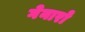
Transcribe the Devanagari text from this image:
गेनारो